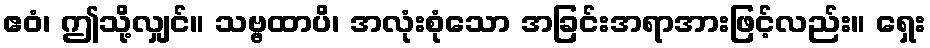
ဧဝံ၊ ဤသို့လျှင်။ သဗ္ဗထာပိ၊ အလုံးစုံသော အခြင်းအရာအားဖြင့်လည်း။ ရှေး